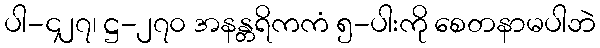
ပါ-၄၂၇၊ ဋ္ဌ-၂၇၀ အနန္တရိကကံ ၅-ပါးကို စေတနာမပါဘဲ